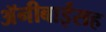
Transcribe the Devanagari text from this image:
अॅनीबाईंसह